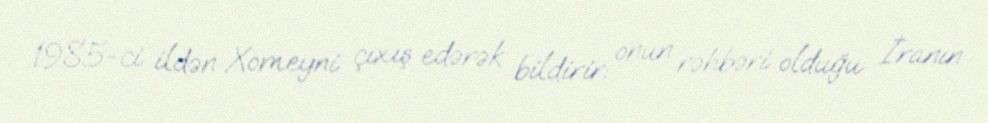
1985-ci ildən Xomeyni çıxış edərək bildirir: onun rəhbəri olduğu İranın